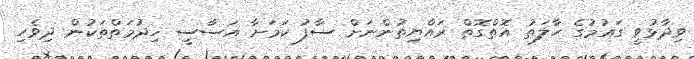
ވިދާޅުވީ ގައުމުގެ ހާލަތު އޮތްގޮތް ރައްޔިތުންނަށް ސާފު ކަމަށާ އަސާސީ ޚިދުމަތްތަކުން ދިވެހި